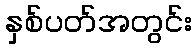
နှစ်ပတ်အတွင်း